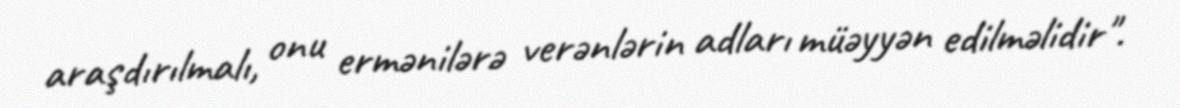
araşdırılmalı, onu ermənilərə verənlərin adları müəyyən edilməlidir".